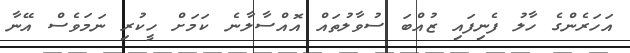
އަހަރެންގެ ހާލު ފެނިފައި ޒުއްބަ ސުވާލުތައް އޮއްސާލާނެ ކަމަށް ހީކުރި ނަމަވެސް އޭނާ